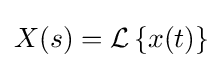
X(s)={\mathcal {L}}\left\{x(t)\right\}